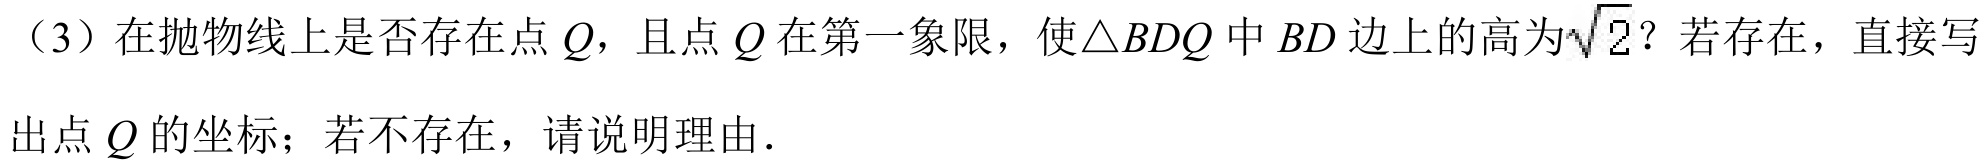
（3）在抛物线上是否存在点\(Q\)，且点\(Q\)在第一象限，使\(\triangle BDQ\)中\(BD\)边上的高为\(\sqrt{2}\)？若存在，直接写
出点\(Q\)的坐标；若不存在，请说明理由．